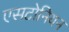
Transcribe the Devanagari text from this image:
एसटोनियन